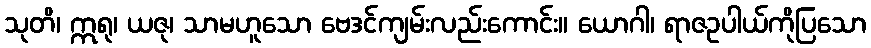
သုတိ၊ ဣရု၊ ယဇု၊ သာမဟူသော ဗေဒင်ကျမ်းလည်းကောင်း။ ယောဂါ၊ ရာဇဥပါယ်ကိုပြသော